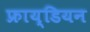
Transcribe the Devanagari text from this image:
फ्राय्डियन